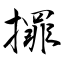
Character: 𢶀